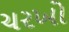
ચરખો